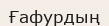
Ғафурдың